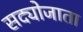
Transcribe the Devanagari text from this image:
सद्योजाता